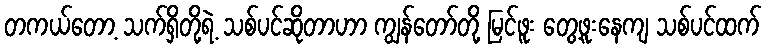
တကယ်တော့ သက်ရှိတို့ရဲ့ သစ်ပင်ဆိုတာဟာ ကျွန်တော်တို့ မြင်ဖူး တွေ့ဖူးနေကျ သစ်ပင်ထက်